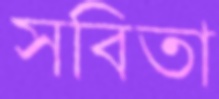
সবিতা